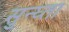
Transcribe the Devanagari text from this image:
सुन्घ्ता